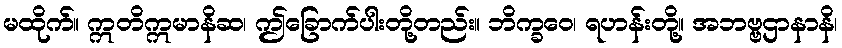
မထိုက်။ ဣတိဣမာနိဆ၊ ဤခြောက်ပါးတို့တည်း။ ဘိက္ခဝေ၊ ရဟန်းတို့။ အဘဗ္ဗဌာနာနိ၊